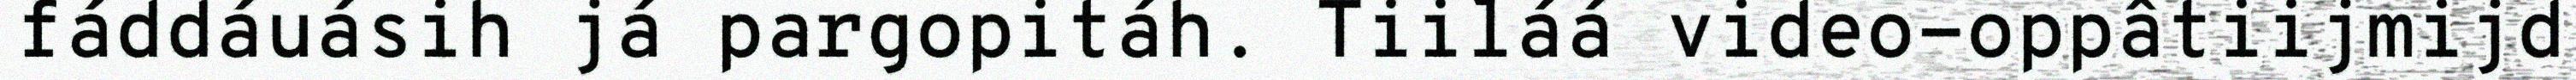
fáddáuásih já pargopitáh. Tiiláá video-oppâtiijmijd